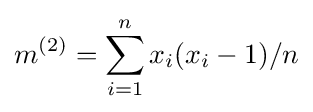
m^{(2)}=\sum _{i=1}^{n}x_{i}(x_{i}-1)/n